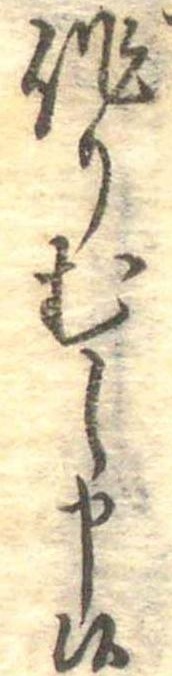
作りむし申候